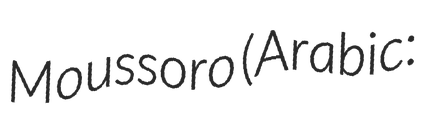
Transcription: Moussoro (Arabic: